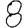
Digit: 8